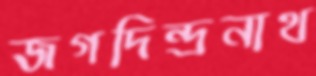
জগদিন্দ্রনাথ